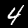
Digit: 4